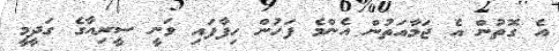
އެ ގޮތުން އެ ޖަމާއަތުން އެންމެ ފަހުން ހިފާފައި ވަނީ ސީރިއާގެ ގަދީމީ